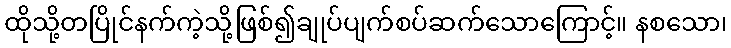
ထိုသို့တပြိုင်နက်ကဲ့သို့ဖြစ်၍ချုပ်ပျက်စပ်ဆက်သောကြောင့်။ နစသော၊